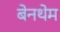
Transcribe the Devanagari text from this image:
बेनथेम